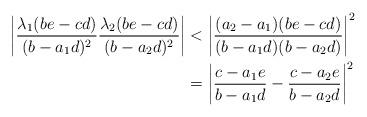
LaTeX: \begin{align*}\bigg\lvert \frac{\lambda_1 (be-cd)} {(b-a_1d)^2} \frac{\lambda_2 (be-cd)} {(b-a_2d)^2} \bigg\rvert & < \bigg\lvert \frac{(a_2-a_1 )(be-cd)} {(b - a_1 d)(b-a_2 d)} \bigg\rvert^2\\& = \bigg\lvert \frac{c-a_1 e} {b - a_1 d} - \frac{c-a_2 e} {b - a_2 d} \bigg\rvert^2 \end{align*}